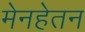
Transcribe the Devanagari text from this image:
मेनहेतन